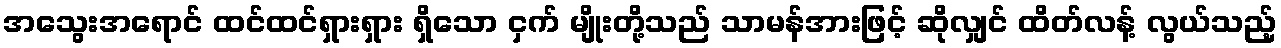
အသွေးအရောင် ထင်ထင်ရှားရှား ရှိသော ငှက် မျိုးတို့သည် သာမန်အားဖြင့် ဆိုလျှင် ထိတ်လန့် လွယ်သည့်